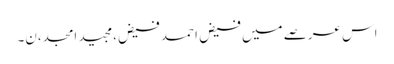
اس عرصے میں فیض احمد فیض،مجید امجد،ن۔